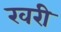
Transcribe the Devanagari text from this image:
रवरी